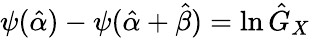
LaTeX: \psi({\hat{\alpha}})-\psi({\hat{\alpha}}+{\hat{\beta}})=\ln{\hat{G}}_{X}